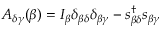
A _ { \delta \gamma } ( \beta ) = I _ { \beta } \delta _ { \beta \delta } \delta _ { \beta \gamma } - s _ { \beta \delta } ^ { \dagger } s _ { \beta \gamma }